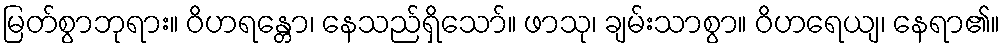
မြတ်စွာဘုရား။ ဝိဟရန္တော၊ နေသည်ရှိသော်။ ဖာသု၊ ချမ်းသာစွာ။ ဝိဟရေယျ၊ နေရာ၏။